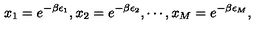
x _ { 1 } = e ^ { - \beta \epsilon _ { 1 } } , x _ { 2 } = e ^ { - \beta \epsilon _ { 2 } } , \cdots , x _ { M } = e ^ { - \beta \epsilon _ { M } } ,